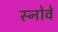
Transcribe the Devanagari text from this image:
स्नोवे